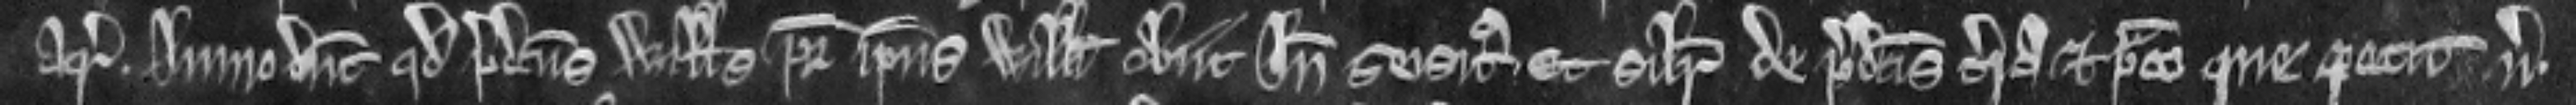
acra. Immo dicunt quod predictus Willelmus pater ipsius Willelmi obiit inde seisitus et similiter de predictis terra et prato que petit versus